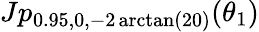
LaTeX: Jp_{0.95,0,-2\arctan(20)}(\theta_{1})